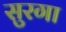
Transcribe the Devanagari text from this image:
सुरगा